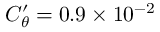
C _ { \theta } ^ { \prime } = 0 . 9 \times 1 0 ^ { - 2 }